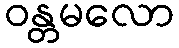
ဝန္တမလော